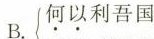
B.何以利吾国